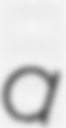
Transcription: a